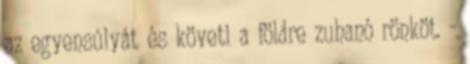
az egyensúlyát és követi a földre zuhanó rönköt. -